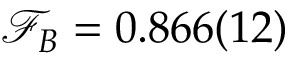
\mathcal { F } _ { B } = 0 . 8 6 6 ( 1 2 )